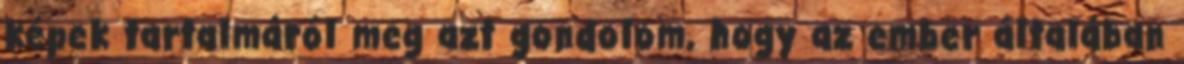
képek tartalmáról meg azt gondolom, hogy az ember általában